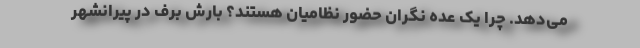
می‌دهد. چرا یک عده نگران حضور نظامیان هستند؟ بارش برف در پیرانشهر